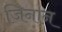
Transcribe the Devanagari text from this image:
जिनान